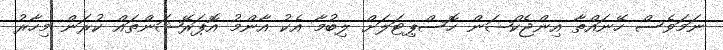
ނަމަވެސް ހޭނައްތާ އިންޖެކްޝަން ހޮސްޕިޓަލަށް ލިބުމާ އެކު އާންމު އޮޕަރޭޝަންތައް ކުރަން މިހާރު